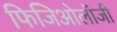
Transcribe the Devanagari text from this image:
फिजिओलॉजी